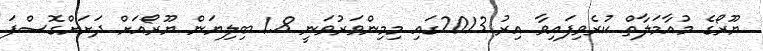
ޔޫރޯގެ މުއާމަލާތް ކުރެވިފައިވާ އިރު 2013ގައި މިމިންވަރުވަނީ 1.8 ބިލިޔަން ޔޫރޯއަށް ދަށަށްގޮސްފަ